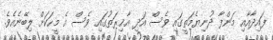
ފައިދާއާއި މަންފާ ދުނިޔެމަތީގައި ވެސް އަދި އާޚިރަތުގައި ވެސް އެ މީހަކަށް ލިބޭނެއެވެ.